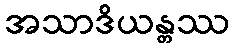
အသာဒိယန္တဿ